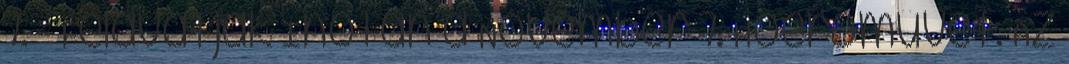
7. - Felavatják Inotán a November 7. Hőerőművet. Az